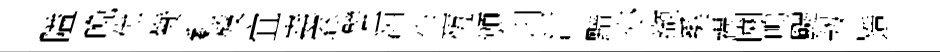
隘晩优赞亂歿宜嶤窓譬洒生恆頒刑汴黯亦缬奚祸園鳴颸韧江造